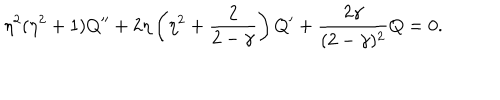
\eta ^ { 2 } ( \eta ^ { 2 } + 1 ) Q ^ { \prime \prime } + 2 \eta \left( \eta ^ { 2 } + { \frac { 2 } { 2 - \gamma } } \right) Q ^ { \prime } + { \frac { 2 \gamma } { ( 2 - \gamma ) ^ { 2 } } } Q = 0 .